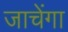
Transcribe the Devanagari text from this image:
जाचेंगा